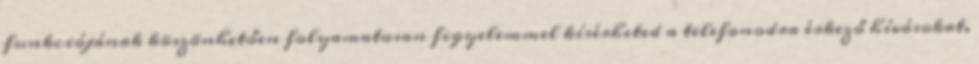
funkciójának köszönhetően folyamatosan figyelemmel kísérheted a telefonodra érkező hívásokat,